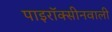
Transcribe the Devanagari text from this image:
पाइरॉक्सीनवाली